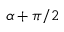
\alpha + \pi / 2